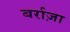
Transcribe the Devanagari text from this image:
बर्राज़ा